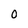
Character: O